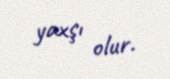
yaxşı olur.